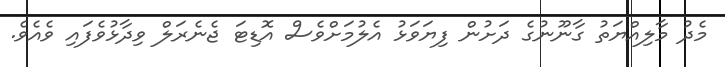
މެދު މާލިއްޔަތު ގާނޫނުގެ ދަށުން ފިޔަވަޅު އެލުމަށްވެސް އޮޑިޓަ ޖެނެރަލް ވިދާޅުވެފައި ވެއެވެ.